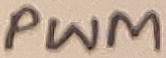
Text: PWM